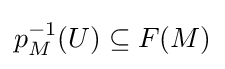
p_{M}^{-1}(U)\subseteq F(M)